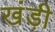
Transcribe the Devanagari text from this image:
खंड़ी